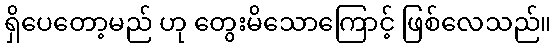
ရှိပေတော့မည် ဟု တွေးမိသောကြောင့် ဖြစ်လေသည်။